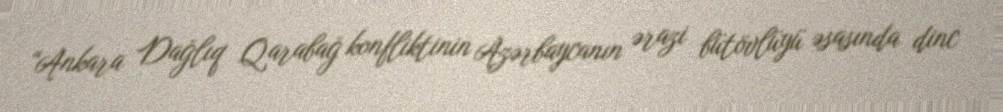
“Ankara Dağlıq Qarabağ konfliktinin Azərbaycanın ərazi bütövlüyü əsasında dinc